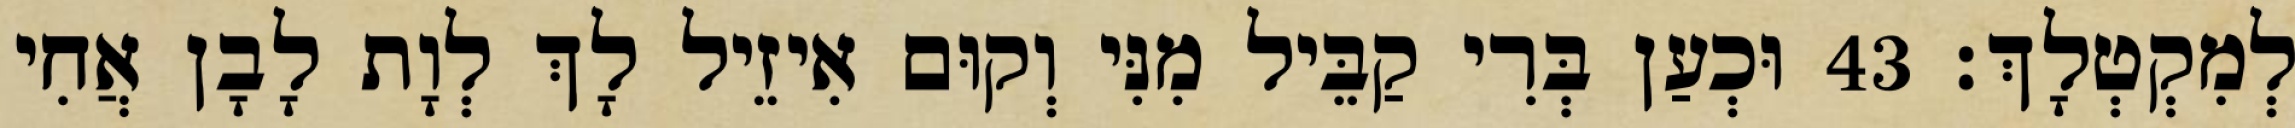
לְמִקְטְלָךְ׃ 43 וּכְעַן בְּרִי קַבֵּיל מִנִּי וְקוּם אִיזֵיל לָךְ לְוָת לָבָן אֲחִי